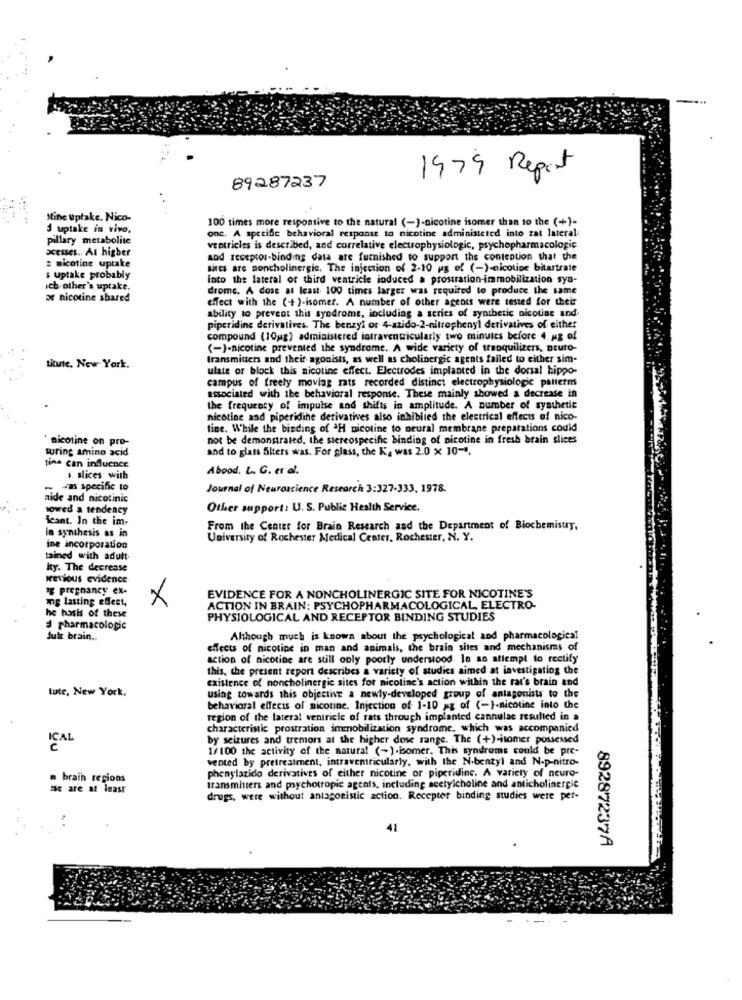
89287237
1979 Report
Mine Uplake. Nico-
100 times more responsive to the natural (-)-nicotine isomer than to the (+)-
3 uptake in vivo,
onc. A specific behavioral response to nicotine administcted into rat lateral
pillary metabolite
acesses ., At higher
ventricles is described, and correlative electrophysiologic, psychopharmacologic
aod receptou-binding data are furnished to support the contention that the
: nicotine uptake
sites are moncholinergic. The injection of 2-10 us of (-)-nicotine bitartrate
: uptake probably
into the lateral or third ventricle induced a prostration-immobilization sya-
ich.other's uptake.
drome. A dose at least 100 times larger was required to produce the same
or nicotine shared
effect with the (+)-isomer. A number of other ageoss were tested for their
ability to prevent this syndrome, including a series of synthetic nicotine and.
piperidine derivatives. The benzyl or 4-azido-2-nitrophenyl derivatives of either
compound (10ug) administered iotraventricularly two minutes before 4. ug of
(-)-nicotine prevented the syndrome. A wide variety of tranquilizers, neuro-
transmitters and their agonists, as well as cholinergic agents failed to either sim-
titute. New York.
ulate of block this nicotine effect. Electrodes implanted in the dorsal hippo-
campus of freely moviag rats recorded distinct electrophysiologic palterm
associated with the behavioral response. These mainly showed a decrease in
the frequency of impulse and shifts in amplitude. A number of synthetic
nicotine and piperidine derivatives also inhibited the electrical effects of nico-
fine. While the binding of ªH nicotine to neural membrane preparations could
. nicotine on pro-
not be demonstrated, the stereospecific binding of nicotine in fresh brain slices
suring amino acid
and to glass Siters was. For glass, the Ka was 2.0 x 10-1.
tine can influence
Abood. L. G. er al.
. slices with
as specific to
Journal of Neuroscience Research 3:327-333, 1978.
aide and nicotinic
owed a tendency
Other support: U. S. Public Health Service.
icant. In the im-
From the Center for Brain Research and the Department of Biochemistry,
a synthesis as in
University of Rochester Medical Center, Rochester, N. Y.
ine incorporation
tained with adult-
ity. The decrease
previous evidence
"Z pregnancy ex-
mg lasting effect,
×
EVIDENCE FOR A NONCHOLINERGIC SITE FOR NICOTINE'S
he hasis of these
ACTION IN BRAIN: PSYCHOPHARMACOLOGICAL, ELECTRO-
PHYSIOLOGICAL AND RECEPTOR BINDING STUDIES
d pharmacologic
Jule brain ..
Although much is known about the psychological and pharmacological
effects of nicotine in man and animals, the brain sites and mechanisms of
action of nicotine are still only poorly understood. In an attempt to rectify
this, the present report describes a variety of studies aimed at investigating the
existence of noncholinergic sites for nicoline's action within the rat's brain and
lute, New York.
using towards this objective a newly-developed group of antagonists to the
behavioral effects of nicotine. Injection of 1-10 ag of (-)-nicotine into the
region of the lateral ventricle of rats through implanted cannulae resulted in a
characteristic prostration immobilization syndrome, which was accompanied
by seizures and tremors at the higher dose range. The (+)-isomer possessed
ICAL
1/100 the activity of the amura! (-)-isomer. This syndrome could be pre-
vented by pretreatment, intraventricularly, with the N.benzyl and N-p-nitro-
phenylazido derivatives of either nicotine or piperidine. A variety of neuro-
brain regions
zse are at least
transmitters and psychotropic agents, including acetylcholine and anticholinergic
drugs, were without antagonistic action. Receptor binding studies were per-
41
89287237A